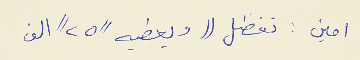
امين : تفضل (( ويعطيه //٢٥// الف